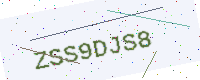
Text: ZSS9DJS8